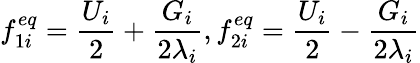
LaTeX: f_{1i}^{eq}=\frac{U_{i}}{2}+\frac{G_{i}}{2\lambda_{i}},f_{2i}^{eq}=\frac{U_{i}}{2}-\frac{G_{i}}{2\lambda_{i}}